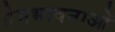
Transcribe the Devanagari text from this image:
प्रेमभावनाओं